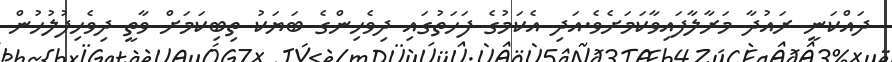
ދައްކަނީ ރައުދާ މަރާލާފައިވާކަމަށެވެ.އަދި އެކަމުގެ ފަހަތުގައި ދިވެހިންގެ ބަޔަކު ތިބިކަމަށް ވާތީ ދިވެހިފުލުހުން